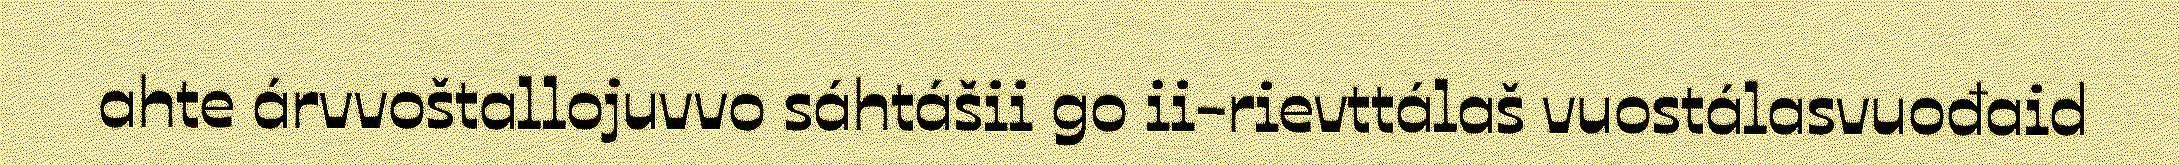
ahte árvvoštallojuvvo sáhtášii go ii-rievttálaš vuostálasvuođaid